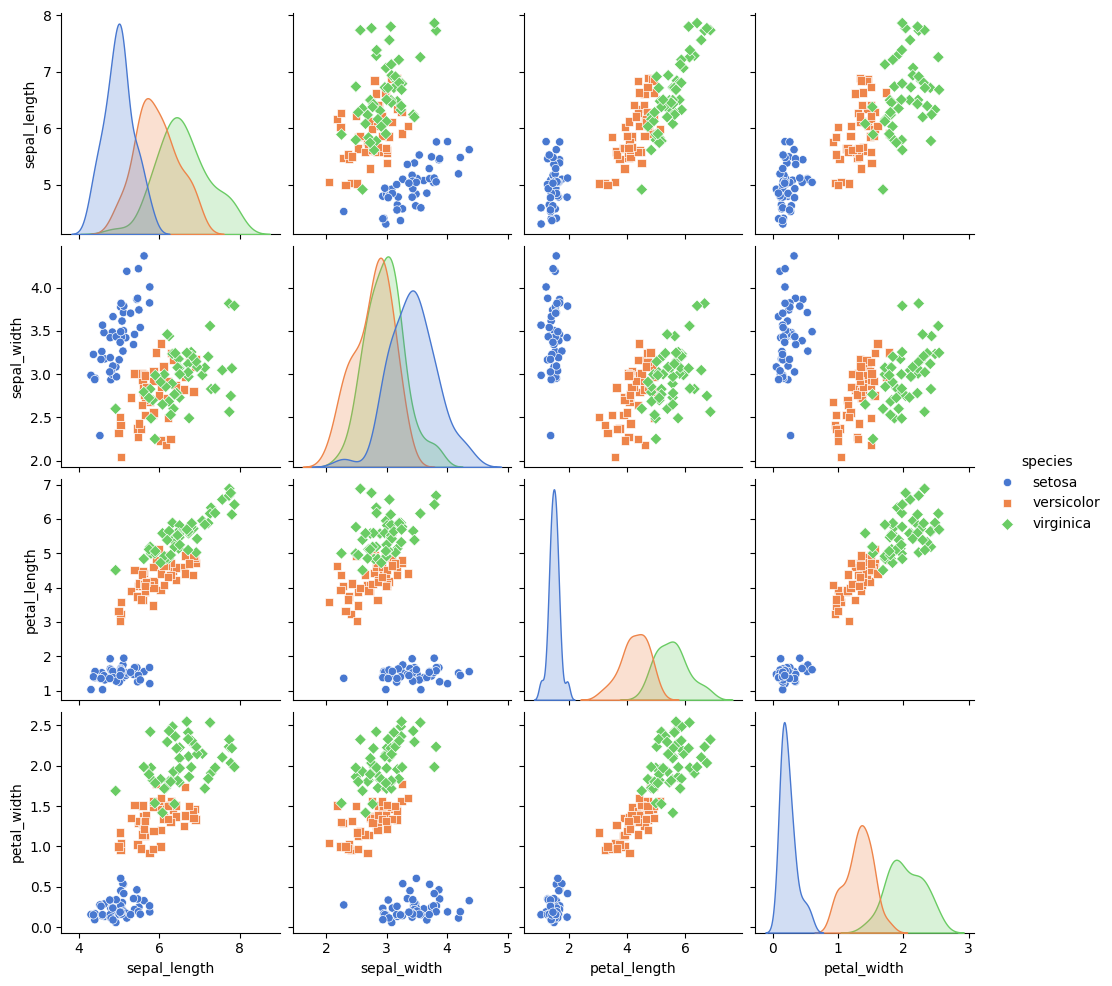
python, seaborn, pairplot, palette='muted', markers=['o', 's', 'D'], kind='scatter', diag_kind='kde'